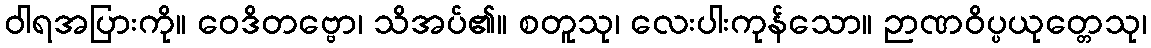
ဝါရအပြားကို။ ဝေဒိတဗ္ဗော၊ သိအပ်၏။ စတူသု၊ လေးပါးကုန်သော။ ဉာဏဝိပ္ပယုတ္တေသု၊